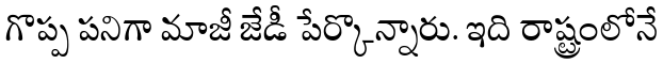
గొప్ప పనిగా మాజీ జేడీ పేర్కొన్నారు. ఇది రాష్ట్రంలోనే